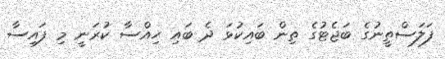
ފަލަސްތީނުގެ ބަޖެޓުގެ ތިން ބައިކުޅަ ދެ ބައި ހިއްސާ ކުރަނީ މި ފައިސާ